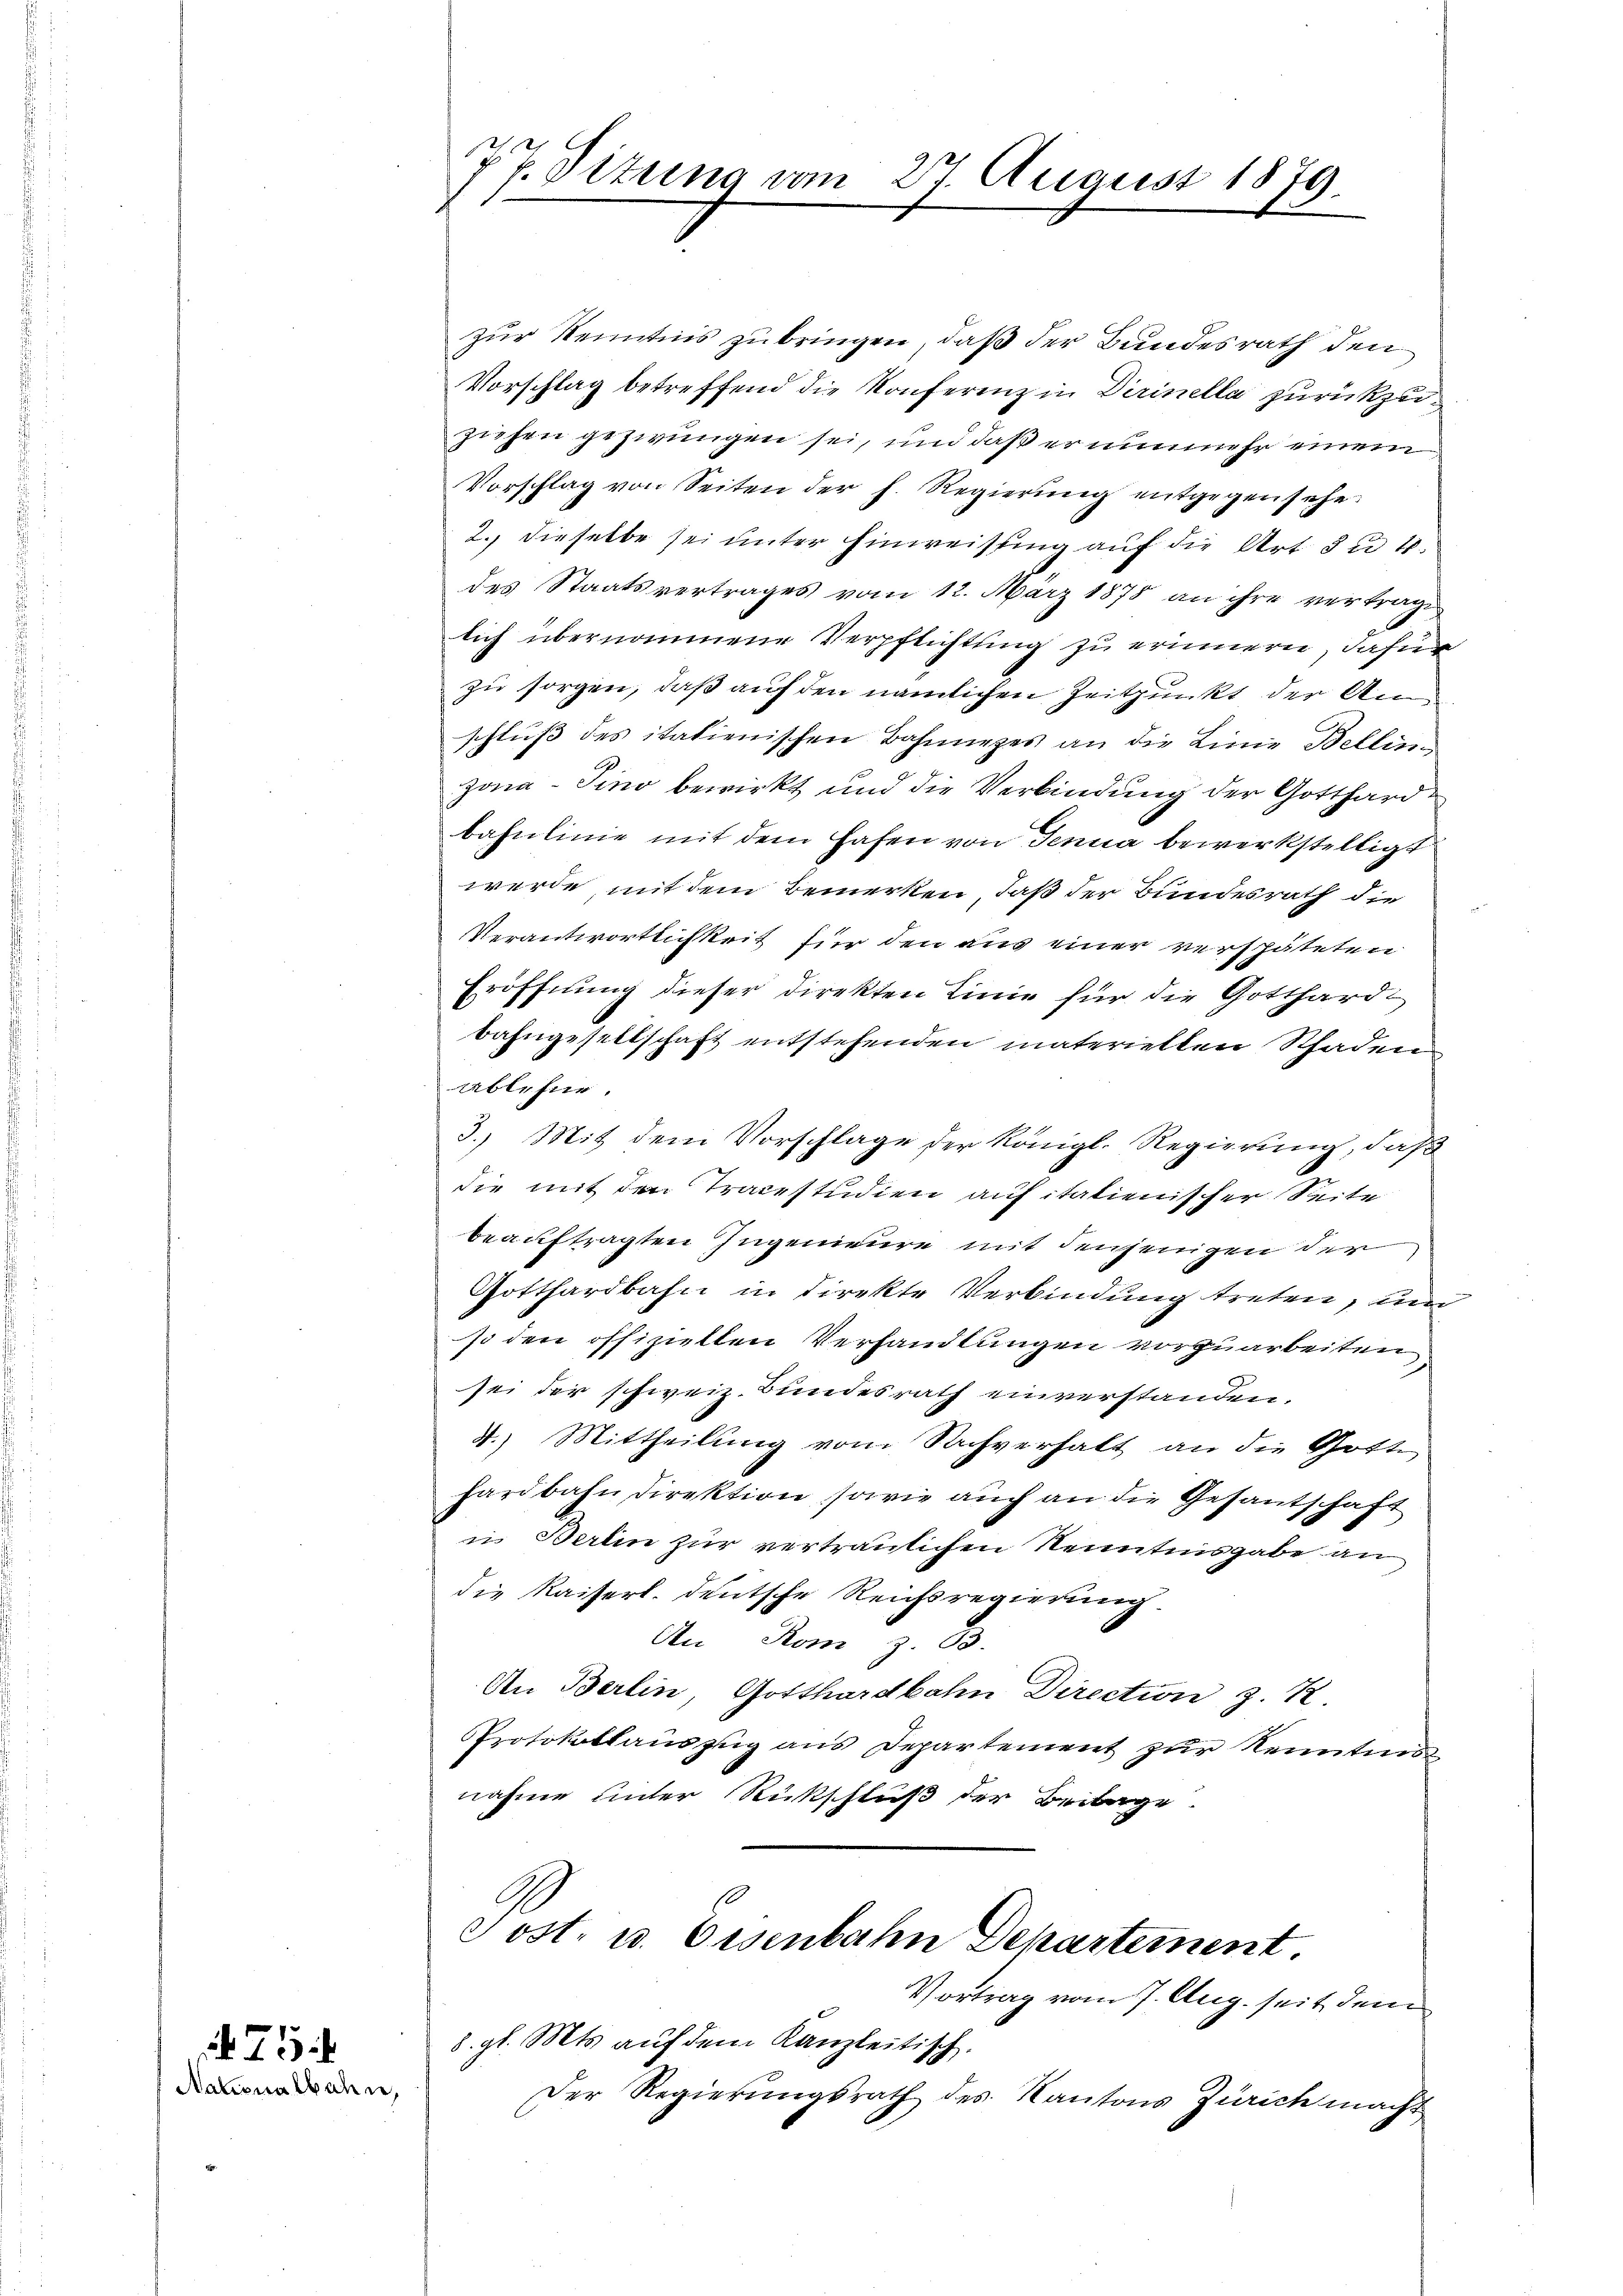
Nationalbahne,

47. Sizung vom 27. August 1879.

zur Kenntnis zu bringen, daß der Bundesrath den
Vorschlag betreffend die Konferenz in Dirinella zurückzuziehen gezwungen sei, und daß er nunmehr einem
Vorschlag von Seiten der h. Regierung entgegensehe
2. dieselbe sei unter Hinweisung auf die Art 3 u 1.
des Staatsvertrages vom 12. März 1878 an ihre vertrage
lich übernommene Verpflichtung zu erinnern, dafür
zu sorgen, daß auf den nämlichen Zeitpunkt der Anschluß des italienischen Bahnnezes an die Linie Bellinzona-Tino bewirkt und die Verbindung der Gotthardbahnlinie mit dem Hafen von Jenna bewerkstelligt
werde, mit dem Bemerken, daß der Bundesrath die
Verantwortlichkeit für den aus einer verspäteten
Eröffnung dieser direkten Linie für die Gotthardbahngesellschaft entstehenden materiellen Schaden
Ablehne.
3.) Mit dem Vorschlage der Königl. Regierung, daß
die mit den Tracestudien auf italienischer Seite
beauftragten Zugenieure mit denjenigen der
Gotthardbahn in direkte Verbindung treten, um
so den offiziellen Verhandlungen vorzuarbeiten,
sei der schweiz. Bundesrath einverstanden.
4.) Mittheilung vom Sachverhalt an die Gotte
hardbahn direktion sowie auch an die Gesantschaft
in Berlin zur vertraulichen Kenntnisgabe an
die Kaiserl. deutsche Reichsregierung
An Rom 23.
An Berlin, Gotthardbahn Direction z. K
Protokollauszug aus Departement zur Kenntni
nahme unter Rückschluß der Beilage.
Post. u. Eisenbahn Departement.
Vortrag vom 7. Aug. seit dem
8. gl. Mts. auf dem Kanzleitisch.
Der Regierungsrath des Kantons Zürich macht